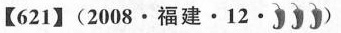
【621】(2008·福建·12·)